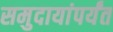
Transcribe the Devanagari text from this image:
समुदायांपर्यंत